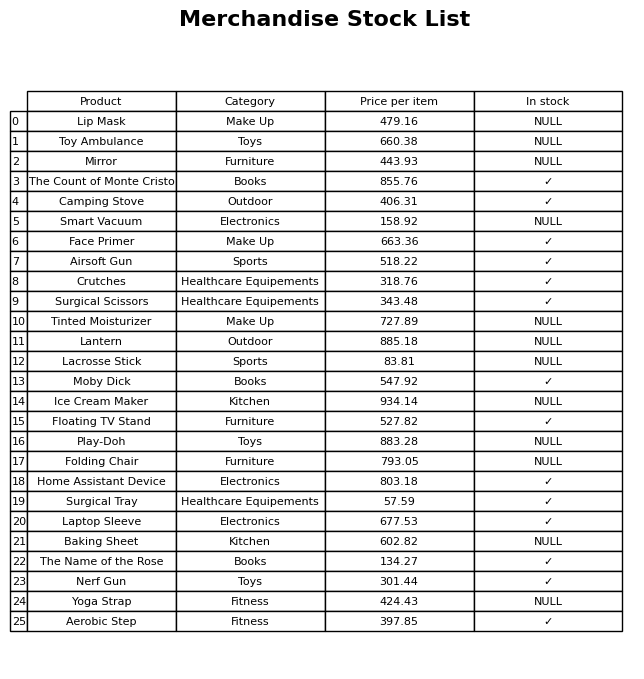
question: What is the price of the Toy Ambulance?
answer: The price of Toy Ambulance is 660.38.